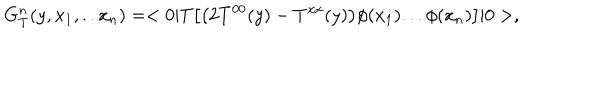
G _ { T } ^ { n } ( y , x _ { 1 } , . . x _ { n } ) = < 0 | T \bigl [ \bigl ( 2 T ^ { 0 0 } ( y ) - T ^ { x x } ( y ) \bigr ) \phi ( x _ { 1 } ) . . . \phi ( x _ { n } ) \bigr ] | 0 > ,